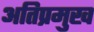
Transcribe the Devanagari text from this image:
अतिप्रमुख